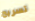
تسريح